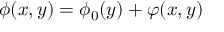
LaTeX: \phi ( x , y ) = \phi _ { 0 } ( y ) + \varphi ( x , y )